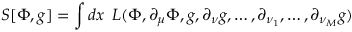
S [ \Phi , g ] = \int d x { \phantom { 0 } } { \cal L } ( \Phi , \partial _ { \mu } \Phi , g , \partial _ { \nu } g , \dots , \partial _ { \nu _ { 1 } } , \dots , \partial _ { \nu _ { M } } g )